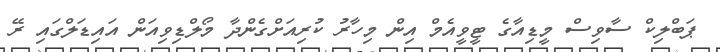
ޕަބްލިކް ސާވިސް މީޑިއާގެ ޓީވީއެމް އިން މިހާރު ކުރިއަށްގެންދާ މޯލްޑިވިއަން އައިޑަލްގައި ރޭ